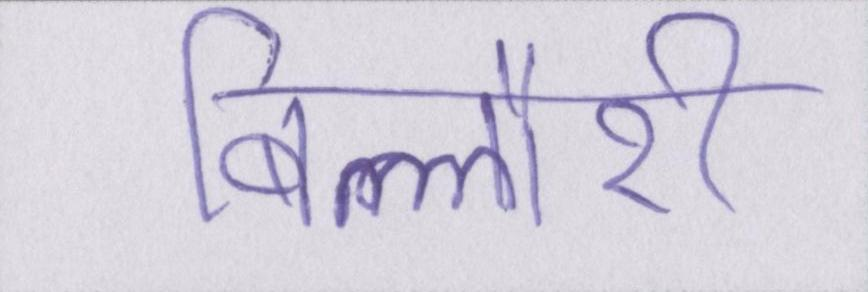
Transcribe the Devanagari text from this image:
बिल्लौरी